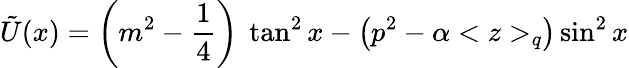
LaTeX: \tilde{U}(x)=\left(m^{2}-\frac{1}{4}\right)\ \tan^{2}x-\left(p^{2}-\alpha<z>_{q}\right)\sin^{2}x